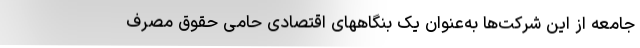
جامعه از این شرکت‌ها به‌عنوان یک بنگاههای اقتصادی حامی حقوق مصرف‌